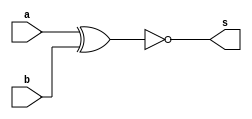
//---------------------
// Teste XNOR
// Nome: Mateus Guilherme do Carmo Cruz
// Matrcula:427446

//----------
// xnor gate
//-----------

module xnorgate(output s, input a, input b);
	assign s = ~(a^b);
endmodule //xnorgate

//-------------
// executar xnorgate
// -----------------

module runxnorgate;
	reg a,b; //registradores
	wire s; //conexo(fio);
	
	//-----instancia
	xnorgate XNOR1(s,a,b);
	
	//preparao
	initial begin:start
		a=0;b=0;
	end
	
	//----------parte principal
	initial begin
		$display("Exercicio0003 - Mateus Guilherme do Carmo Cruz - 427446");
		$display("Execuo XNOR gate.");
		$display("\t	time\t~(a^b) = s\n");
		a=0; b=0;
		$monitor("%d\t~(%b^%b) = %b",$time,a,b,s);
		
		#1 a=0; b=1;
		#1 a=1; b=0;
		#1 a=1; b=1;
	end
endmodule //runxnorgate